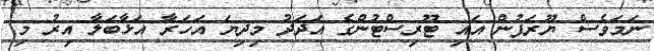
ނަމަވެސް ޔޫރަޕުން އައި ޓޫރިސްޓުންގެ އަދަދު މިދިޔަ އަހަރާ އަޅާބަލާ އިރު މި